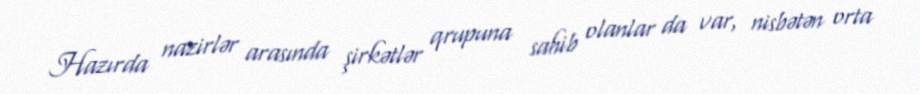
Hazırda nazirlər arasında şirkətlər qrupuna sahib olanlar da var, nisbətən orta